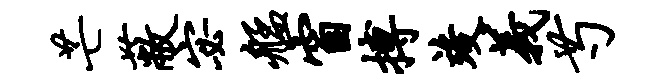
芒蔽宓艋窗搏竣义芍